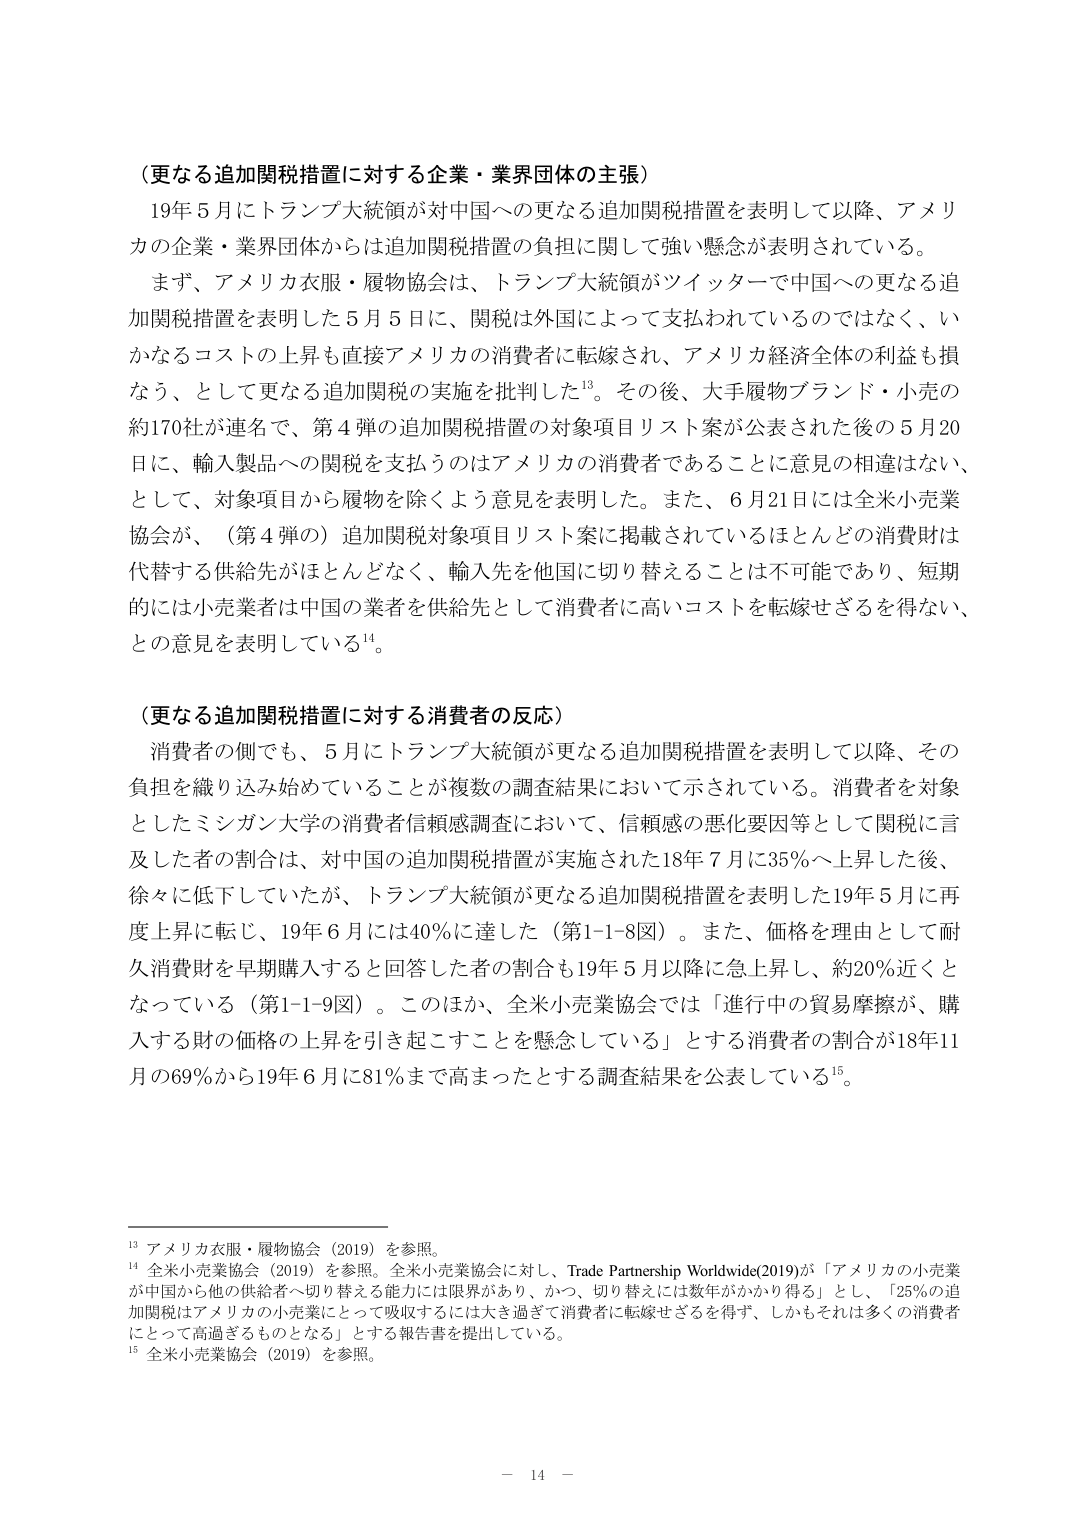
（更なる追加関税措置に対する企業・業界団体の主張）

19年5月にトランプ大統領が対中国への更なる追加関税措置を表明して以降、アメリカの企業・業界団体からは追加関税措置の負担に関して強い懸念が表明されている。

まず、アメリカ衣服・履物協会は、トランプ大統領がツイッターで中国への更なる追加関税措置を表明した5月5日に、関税は外国によって支払われているのではなく、いかなるコストの上昇も直接アメリカの消費者に転嫁され、アメリカ経済全体の利益も損なう、として更なる追加関税の実施を批判した¹³。その後、大手履物ブランド・小売の約170社が連名で、第4弾の追加関税措置の対象項目リスト案が公表された後の5月20日に、輸入製品への関税を支払うのはアメリカの消費者であることに意見の相違はない、として、対象項目から履物を除くよう意見を表明した。また、6月21日には全米小売業協会が、（第4弾の）追加関税対象項目リスト案に掲載されているほとんどの消費財は代替する供給先がほとんどなく、輸入先を他国に切り替えることは不可能であり、短期的には小売業者は中国の業者を供給先として消費者に高いコストを転嫁せざるを得ない、との意見を表明している¹⁴。

（更なる追加関税措置に対する消費者の反応）

消費者の側でも、5月にトランプ大統領が更なる追加関税措置を表明して以降、その負担を織り込み始めていることが複数の調査結果において示されている。消費者を対象としたミシガン大学の消費者信頼感調査において、信頼感の悪化要因等として関税に言及した者の割合は、対中国の追加関税措置が実施された18年7月に35％へ上昇した後、徐々に低下していたが、トランプ大統領が更なる追加関税措置を表明した19年5月に再度上昇に転じ、19年6月には40％に達した（第1-1-8図）。また、価格を理由として耐久消費財を早期購入すると回答した者の割合も19年5月以降に急上昇し、約20％近くとなっている（第1-1-9図）。このほか、全米小売業協会では「進行中の貿易摩擦が、購入する財の価格の上昇を引き起こすことを懸念している」とする消費者の割合が18年11月の69％から19年6月に81％まで高まったとする調査結果を公表している¹⁵。

¹³ アメリカ衣服・履物協会（2019）を参照。

¹⁴ 全米小売業協会（2019）を参照。全米小売業協会に対し、Trade Partnership Worldwide(2019)が「アメリカの小売業が中国から他の供給者へ切り替える能力には限界があり、かつ、切り替えには数年がかかり得る」とし、「25％の追加関税はアメリカの小売業にとって吸収するには大き過ぎて消費者に転嫁せざるを得ず、しかもそれは多くの消費者にとって高過ぎるものとなる」とする報告書を提出している。

¹⁵ 全米小売業協会（2019）を参照。

－ 14 －